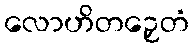
လောဟိတဉှေတံ